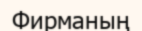
Фирманың